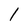
Character: l